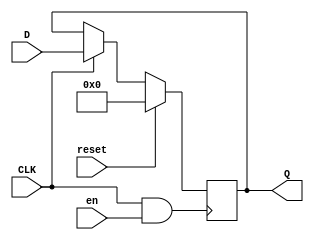
module key_register80(Q,D,CLK,reset,en);
input reset,en;
input CLK;
input [79:0] D;
output [79:0] Q;
reg [79:0] Q;
always @(posedge CLK & en)
if (reset)
Q <= 0;
else if(CLK==1)
Q <= D;
endmodule // reg80